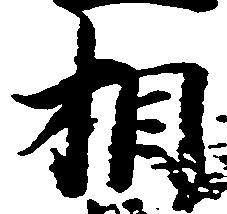
相